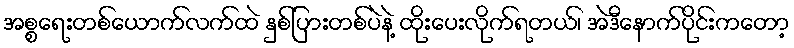
အစ္စရေးတစ်ယောက်လက်ထဲ နှစ်ပြားတစ်ပဲနဲ့ ထိုးပေးလိုက်ရတယ်၊ အဲဒီနောက်ပိုင်းကတော့